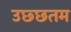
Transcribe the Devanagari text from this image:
उछ्छतम